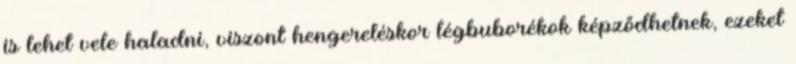
is lehet vele haladni, viszont hengereléskor légbuborékok képződhetnek, ezeket